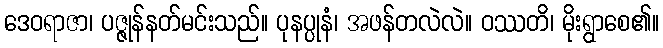
ဒေဝရာဇာ၊ ပဇ္ဇုန်နတ်မင်းသည်။ ပုနပ္ပုနံ၊ အဖန်တလဲလဲ။ ဝဿတိ၊ မိုးရွာစေ၏။